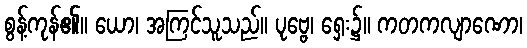
စွန့်ကုန်၏။ ယော၊ အကြင်သူသည်။ ပုဗ္ဗေ၊ ရှေး၌။ ကတကလျာဏော၊